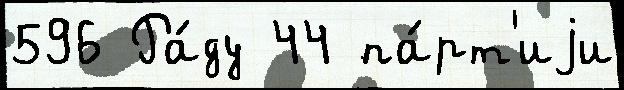
596 Ра́ду 44 па́рт'иjи